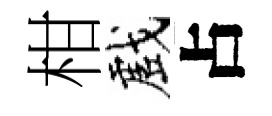
柑戲占